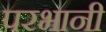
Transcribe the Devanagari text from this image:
परभानी